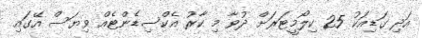
އަދި ގަޑިއަކު 25 ކިލޯމީޓަރަށް ދުވާ މި ކާރު އެކްސިޑެންޓެއް ވިޔަސް އޭގައި